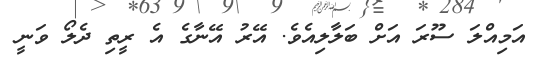
އަމިއްލަ ސޫރަ އަށް ބަލާލިއެވެ. އޭރު އޭނާގެ އެ ރީތި ދެލޯ ވަނީ